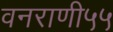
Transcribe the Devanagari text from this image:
वनराणी५५